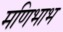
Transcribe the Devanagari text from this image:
मणिभाभ